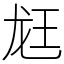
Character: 䶭